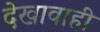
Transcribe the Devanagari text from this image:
देखावाही